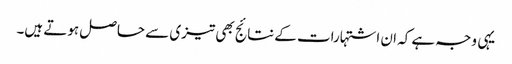
یہی وجہ ہے کہ ان اشتہارات کے نتائج بھی تیزی سے حاصل ہوتے ہیں۔